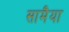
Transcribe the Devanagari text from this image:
सामैया